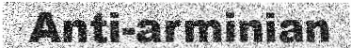
Anti-arminian